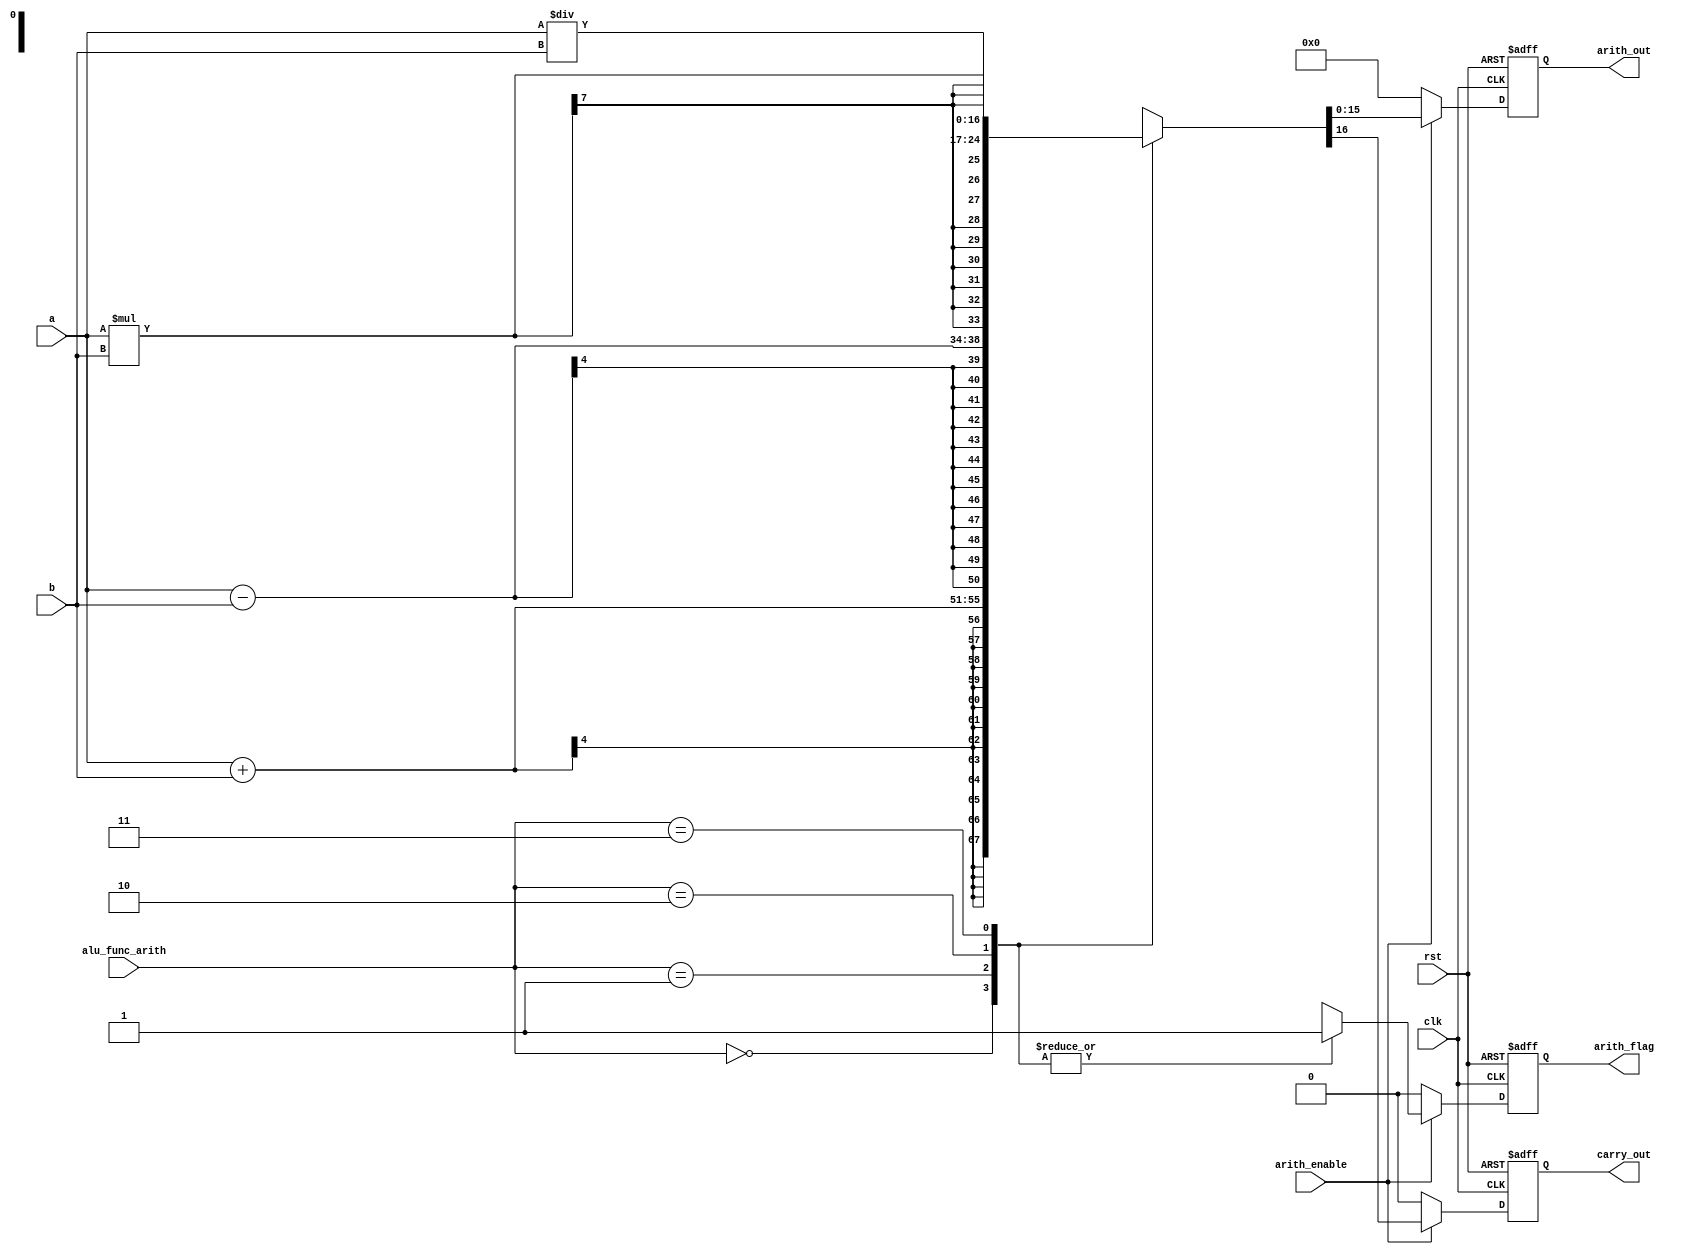
module arith_unit #(
    parameter in_width=4,
    parameter out_width=16
) (
    input wire signed [in_width-1:0]   a,b,
    input wire                         arith_enable,
    input wire         [1:0]           alu_func_arith,
    input wire                         clk,rst,
    output reg                         carry_out,
    output reg                         arith_flag,
    output reg signed [out_width-1:0]  arith_out
    
);
    reg carry_out_comp,arith_flag_comp;
    reg [out_width-1:0] arith_out_comp;

    always @ (posedge clk , negedge rst) begin
        if (!rst)
        begin
            arith_out<=0;
            carry_out<=0;
            arith_flag<=0;
        end
        else if(clk)begin
            arith_out<=arith_out_comp;
            carry_out<=carry_out_comp;
            arith_flag<=arith_flag_comp;
        end
        else begin
            arith_out<=arith_out;
            carry_out<=carry_out;
            arith_flag<=arith_flag;
        end
    end

    always @(*) begin
            arith_out_comp  =0  ;
            carry_out_comp  =0  ;
            arith_flag_comp =0  ;
        if(arith_enable)
        begin
        case (alu_func_arith)
            2'b00:begin  
                {carry_out_comp,arith_out_comp}=a+b;
                arith_flag_comp=1;
            end 
            2'b01:begin
                {carry_out_comp,arith_out_comp}=a-b;
                arith_flag_comp=1;
            end
            2'b10:begin
                {carry_out_comp,arith_out_comp}=a*b;
                arith_flag_comp=1;
            end 
            2'b11:begin
                {carry_out_comp,arith_out_comp}=a/b;
                arith_flag_comp=1;
            end
            default: begin
            arith_out_comp  =0  ;
            carry_out_comp  =0  ;
            arith_flag_comp =0 ;
            end
        endcase
        end
        else
        begin
            arith_out_comp  =0  ;
            carry_out_comp  =0  ;
            arith_flag_comp =0 ;
        end
    end
     
endmodule